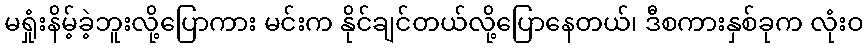
မရှုံးနိမ့်ခဲ့ဘူးလို့ပြောကား မင်းက နိုင်ချင်တယ်လို့ပြောနေတယ်၊ ဒီစကားနှစ်ခုက လုံးဝ